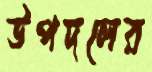
উপদলের